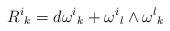
\begin{align*}{{R}^{i}}_{k} = d{{\omega}^{i}}_{k} + {{\omega}^{i}}_{l} \wedge {{\omega}^{l}}_{k}\end{align*}